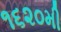
૧૬૨૦મી